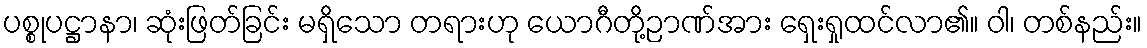
ပစ္စုပဋ္ဌာနာ၊ ဆုံးဖြတ်ခြင်း မရှိသော တရားဟု ယောဂီတို့ဉာဏ်အား ရှေးရှုထင်လာ၏။ ဝါ၊ တစ်နည်း။